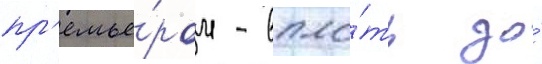
пр'емье́ром - впло́ть до́